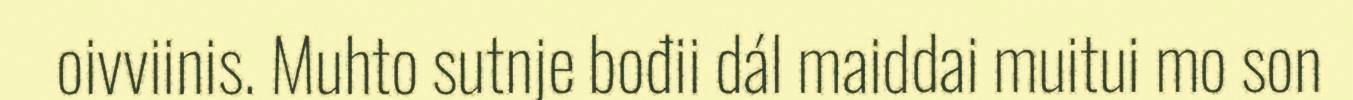
oivviinis. Muhto sutnje bođii dál maiddai muitui mo son